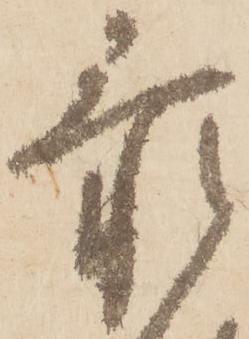
忝